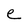
Character: e